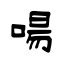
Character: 啺